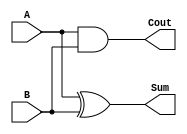
module halfAdder_Behavorial(
    input A,
    input B,
    output Sum,
    output Cout
    );
    assign Sum = A ^ B;
    assign Cout = A & B;
endmodule